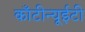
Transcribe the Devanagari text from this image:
काँटीन्यूईटी